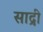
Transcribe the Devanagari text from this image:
साद्री